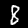
Digit: 8